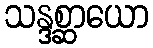
သန္ဒစ္ဆာယော